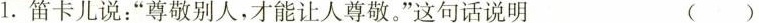
1. 笛卡儿说：”尊敬别人，才能让人尊敬。”这句话说明 ()